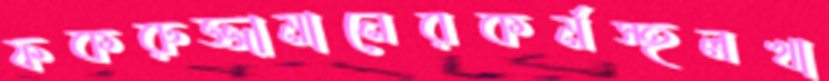
ফকরুজ্জামানেরকর্মস্হলখা